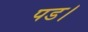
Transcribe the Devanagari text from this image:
पड।